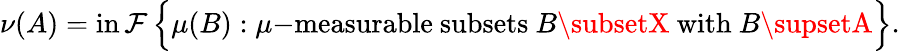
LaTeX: \nu(A)=\operatorname*{in\mathcal{F}}{\Big\{ }\mu(B):\mu{\mathrm{{-measurable~subsets~}}}B\subsetX{\mathrm{{~with~}}}B\supsetA{\Big\} }.